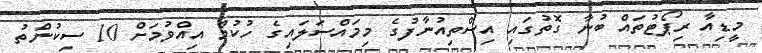
މީޑިއާ ރިޕޯޓުތައް ބުނާ ގޮތުގައި އިސްތިއުނާފުގެ މިމައްސަލައިގެ ހުކުމް އިއްވުމަށް 10 ސިކުންތު